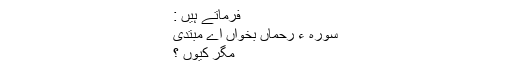
فرماتے ہیں :
سورہ ء رحماں بخواں اے مبتدی
مگر کیوں ؟